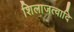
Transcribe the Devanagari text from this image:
शिलाजत्वादि